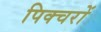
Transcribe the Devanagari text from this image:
पिक्चरों